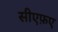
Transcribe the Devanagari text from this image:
सीएफ़ए